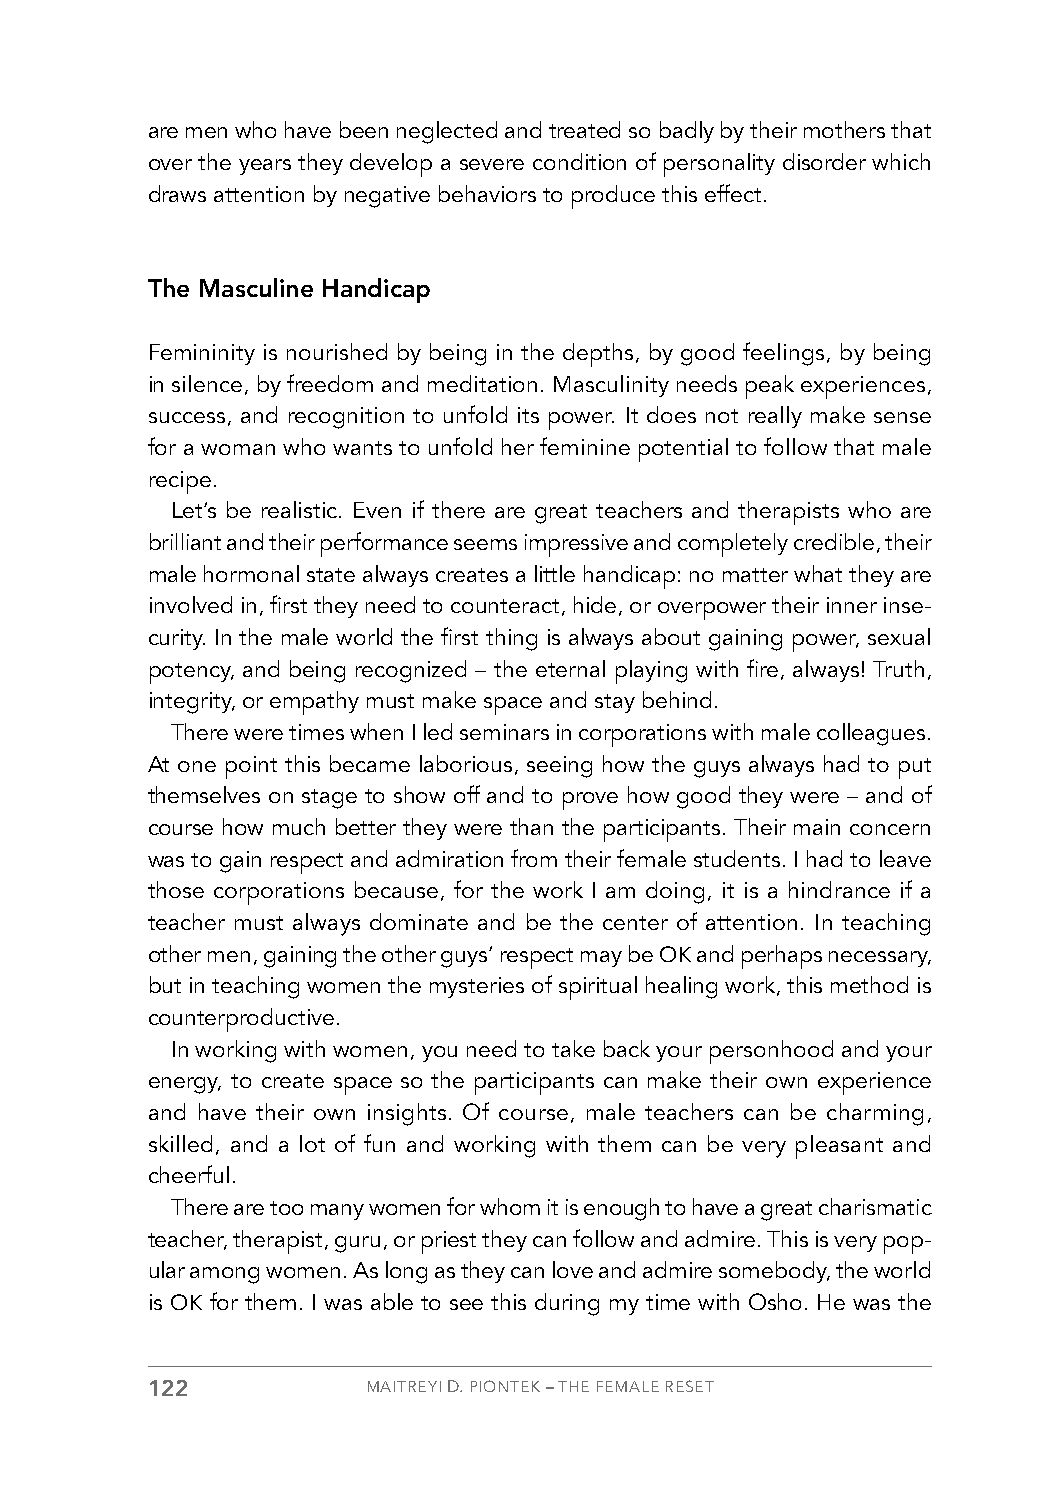
are men who have been neglected and treated so badly by their mothers that
 over the years they develop a severe condition of personality disorder which
 draws attention by negative behaviors to produce this effect.
 The Masculine Handicap
 Femininity is nourished by being in the depths, by good feelings, by being
 in silence, by freedom and meditation. Masculinity needs peak experiences,
 success, and recognition to unfold its power. It does not really make sense
 for a woman who wants to unfold her feminine potential to follow that male
 recipe.
 Let’s be realistic. Even if there are great teachers and therapists who are
 brilliant and their performance seems impressive and completely credible, their
 male hormonal state always creates a little handicap: no matter what they are
 involved in, first they need to counteract, hide, or overpower their inner inse-
 curity. In the male world the first thing is always about gaining power, sexual
 potency, and being recognized – the eternal playing with fire, always! Truth,
 integrity, or empathy must make space and stay behind.
 There were times when I led seminars in corporations with male colleagues.
 At one point this became laborious, seeing how the guys always had to put
 themselves on stage to show off and to prove how good they were – and of
 course how much better they were than the participants. Their main concern
 was to gain respect and admiration from their female students. I had to leave
 those corporations because, for the work I am doing, it is a hindrance if a
 teacher must always dominate and be the center of attention. In teaching
 other men, gaining the other guys’ respect may be OK and perhaps necessary,
 but in teaching women the mysteries of spiritual healing work, this method is
 counterproductive.
 In working with women, you need to take back your personhood and your
 energy, to create space so the participants can make their own experience
 and have their own insights. Of course, male teachers can be charming,
 skilled, and a lot of fun and working with them can be very pleasant and
 cheerful.
 There are too many women for whom it is enough to have a great charismatic
 teacher, therapist, guru, or priest they can follow and admire. This is very pop-
 ular among women. As long as they can love and admire somebody, the world
 is OK for them. I was able to see this during my time with Osho. He was the
 122           MAITREYI D. PIONTEK – THE FEMALE RESET